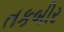
તકબીર